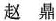
赵 鼎